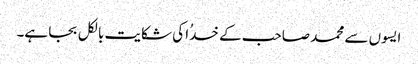
ایسوں سے محمد صاحب کے خدُا کی شکایت بالکل بجا ہے۔